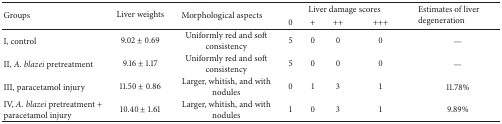
<table><thead><tr><td rowspan="2"><b>Groups</b></td><td rowspan="2"><b>Liver weights</b></td><td rowspan="2"><b>Morphological aspects</b></td><td colspan="4"><b>Liver damage scores</b></td><td rowspan="2"><b>Estimates of liver degeneration</b></td></tr><tr><td><b>0</b></td><td><b>+</b></td><td><b>++</b></td><td><b>+++</b></td></tr></thead><tbody><tr><td>I, control</td><td>9.02 ± 0.69</td><td>Uniformly red and soft consistency </td><td>5</td><td>0</td><td>0</td><td>0</td><td>—</td></tr><tr><td>II, <i>A. blazei</i> pretreatment</td><td>9.16 ± 1.17</td><td>Uniformly red and soft consistency </td><td>5</td><td>0</td><td>0</td><td>0</td><td>—</td></tr><tr><td>III, paracetamol injury</td><td>11.50 ± 0.86</td><td>Larger, whitish, and with nodules</td><td>0</td><td>1</td><td>3</td><td>1</td><td>11.78%</td></tr><tr><td>IV, <i>A. blazei</i> pretreatment + paracetamol injury</td><td>10.40 ± 1.61</td><td>Larger, whitish, and with nodules</td><td>1</td><td>0</td><td>3</td><td>1</td><td>9.89%</td></tr></tbody></table>